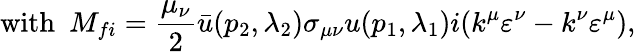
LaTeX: \mathrm{with\ \ }M_{fi}={\frac{\mu_{\nu}}{2}}\bar{u}(p_{2},\lambda_{2})\sigma_{\mu\nu}u(p_{1},\lambda_{1})i(k^{\mu}\varepsilon^{\nu}-k^{\nu}\varepsilon^{\mu}),